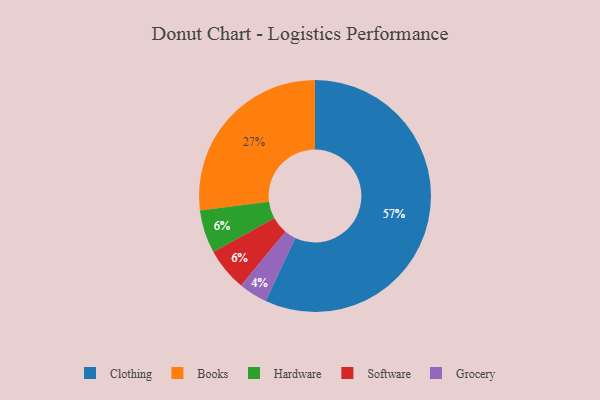
{"axis": {"x": "Category", "y": "Percentage"}, "legend": ["Books", "Clothing", "Grocery", "Hardware", "Software"], "data": [{"x": "Hardware", "y": 6, "type": "Hardware"}, {"x": "Software", "y": 6, "type": "Software"}, {"x": "Grocery", "y": 4, "type": "Grocery"}, {"x": "Clothing", "y": 57, "type": "Clothing"}, {"x": "Books", "y": 27, "type": "Books"}]}